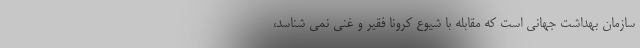
سازمان بهداشت جهانی است که مقابله با شیوع کرونا فقیر و غنی نمی شناسد،